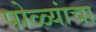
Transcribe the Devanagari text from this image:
पोळ्यांचा